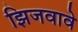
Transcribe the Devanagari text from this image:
झिजवावे